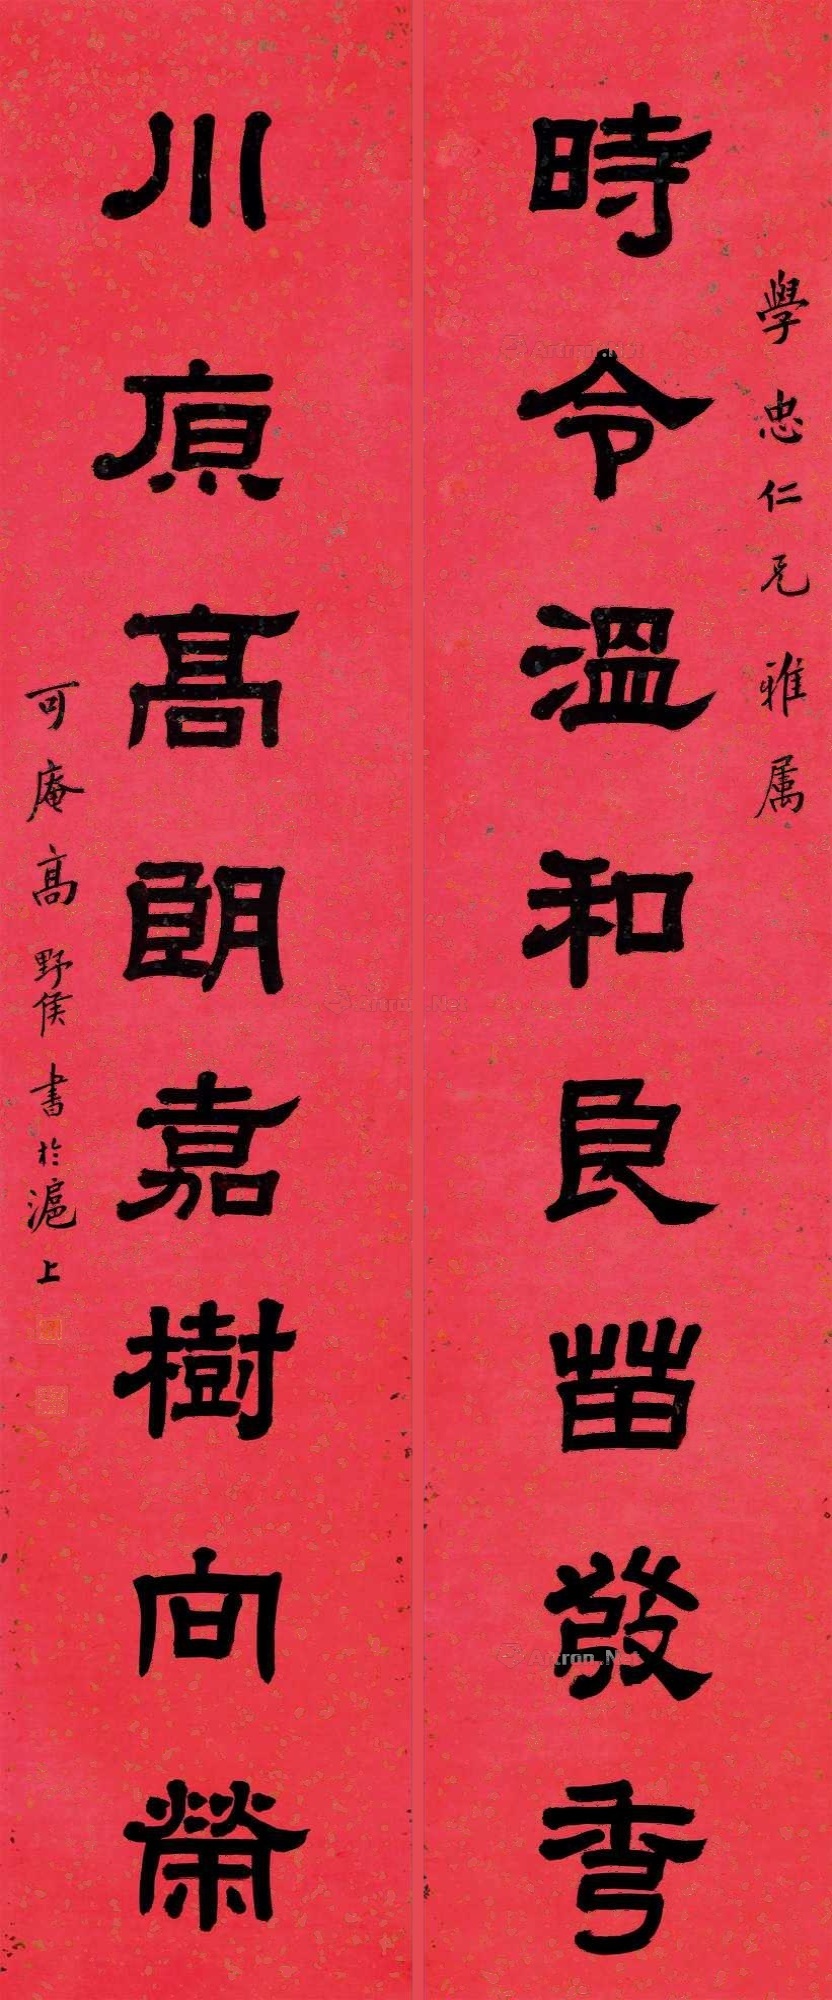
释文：时令温和良苗发秀，川原高朗嘉树向荣。学忠仁兄雅属，可庵高野侯书于沪上。